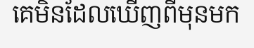
គេមិនដែលឃើញពីមុនមក